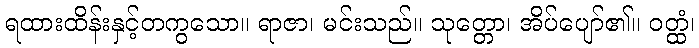
ရထားထိန်းနှင့်တကွသော။ ရာဇာ၊ မင်းသည်။ သုတ္တော၊ အိပ်ပျော်၏။ ဝတ္ထံ၊